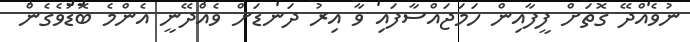
ނުވެއްދޭ ގޮތަށް ފީފާއިން ހަމަޖައްސާފައި ވާ އިރު ދަނޑަށް ވެއްދޭނީ އެންމެ ބޮޑުވެގެން